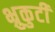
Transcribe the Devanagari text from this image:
भ्रुकुटी